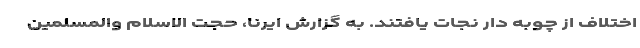
اختلاف از چوبه دار نجات یافتند. به گزارش ایرنا، حجت الاسلام والمسلمین